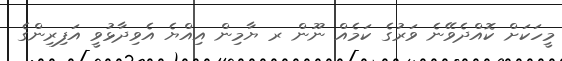
މީހަކަށް ކޮއްދެވޭނެ ވަރުގެ ކަމެއް ނޫން ރ ޔާމިން އިއްޔެ އެވިދާޅުވީ އަފިރިންގެ